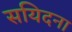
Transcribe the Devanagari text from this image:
सयिदना